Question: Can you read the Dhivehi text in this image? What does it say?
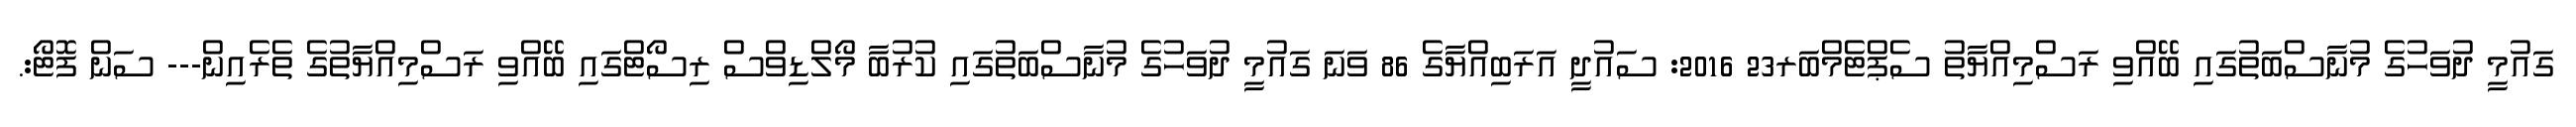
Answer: ގައުމީ ދުވަހުގެ މުނާސްބަތުގައި ބޭއްވި ރަސްމިއްޔާތު ސެޕްޓެމްބަރ23 2016: ސައުދީ އަރަބިއްޔާގެ 86 ވަނަ ގައުމީ ދުވަހުގެ މުނާސްބަތުގައި ކުރުބާ މޯލްޑިވްސް ރިސޯޓްގައި ބޭއްވި ރަސްމިއްޔާތުގެ ތެރެއިން--- ސަން ފޮޓޯ:.